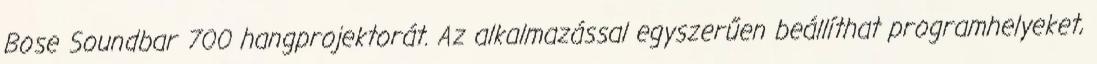
Bose Soundbar 700 hangprojektorát. Az alkalmazással egyszerűen beállíthat programhelyeket,